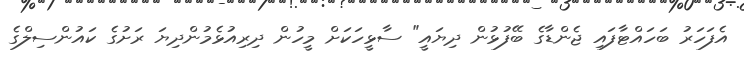
އެފަހަަރު ބަހައްޓާފައި ޖެންޑާގެ ބޭފުޅުން ދިޔައީ" ސާޅީހަކަށް މީހުން ދިރިއުޅެމުންދިޔަ ރަށުގެ ކައުންސިލްގެ